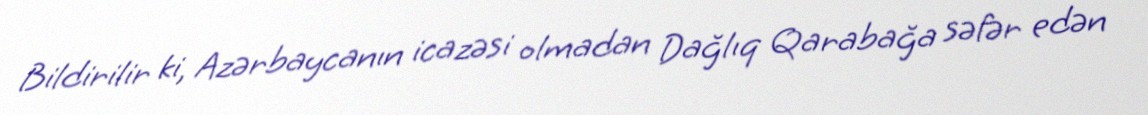
Bildirilir ki, Azərbaycanın icazəsi olmadan Dağlıq Qarabağa səfər edən